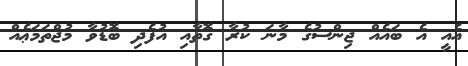
އެއީ އެ ބައެއް ޖިންސުގެ މާނަ ކުރާ ގޮތާއި އުފެދި ބޮޑުވާ މުޖްތަމަޢެއް